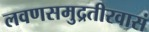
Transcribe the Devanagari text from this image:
लवणसमुद्रतीरवासं